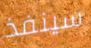
سينفذ